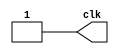
`timescale 1us/10ns

module Clock( clk );
  output clk;
  reg clk;
  
  always 
    begin 
     #10;    
     clk <= 1'b0;
     #10;
     clk <= 1'b1;
    end
endmodule

module C4017( clk, out, res );
  input clk;
  input res;
  output [9:0] out;
  reg [9:0] out;
  reg [3:0] m;
  
  initial 
    begin
       m = 4'b0000;
       out = 10'b00000001;
    end
    
  always @( posedge clk or posedge res )
    begin
      m <= res ? 0 : ( m + 1 ) % 10;
      out <= 1'b1 << m;
    end
endmodule

module Fls( out );
  output out;
  reg out;
  always 
    begin 
     out <= 1'b0;
     #10;    
     out <= 1'b1;
     #10;
    end
endmodule

module Reset( out );
  output out;
  reg out;
  
  initial
    begin 
     out <= 1'b1;
     #10;    
     out <= 1'b0;
    end
endmodule

module main;
  wire clk;
  wire [9:0] out;
  wire a;
  wire fls;
  wire r;
  wire g;
  wire v;
  wire r1;
  wire g1;  
  wire v1;  
  wire notc;
  wire z;
  reg dis;
  wire res;
  wire xg;
  wire xg1;

  Reset rst( res );
  Clock c( clk );
  C4017 q( clk, out, res | dis );
  Fls f( fls );
  
  initial
    begin
      #0
      dis <= 1'b0;
      #1200;
      dis <= 1'b1;
      #1200;
      $finish;
    end
  
  initial 
    begin
      $dumpfile("my_dumpfile.vcd");
      $dumpvars(0,main);
    end

   // SR latch    
   nor n1( a, b, out[0] );
   nor n2( b, a, out[5] );
   
   //assign z = !( !dis * clk );
   //assign z = !( !dis * 1'b0 );
   nand n7( z, !dis, 1'b0 );
   
   //assign notc = !( dis * fls ); // { 1 NAND }
   nand n10( notc, dis, fls );
   
   //assign r = !( !( !dis & a ) ); //  { 2 NAND};
   nand n3( r, a, !dis );
   assign g = !( notc * !( z * out[9] ) ); //  { 2 NAND };
   //nand n5( g, notc, xg );
   
   //assign v = !( !( !dis * b ) ); // { 2 NAND };
   nand n4( v, b, !dis );
   
   assign r1 = v;
   
   assign g1 = !( notc * !( z * out[4] ) ); //  { 2 NAND };
   //nand n6( g1, notc, xg1 );

   nand n8( xg, z, out[0] );
   nand n9( xg1, z, out[5] );
   
   assign v1 = r;
endmodule